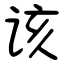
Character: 该